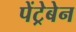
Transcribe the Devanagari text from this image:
पेंट्रेबेन